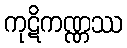
ကုဋိကဏ္ဏဿ